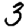
Digit: 3